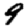
Digit: 9